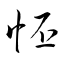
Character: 怌